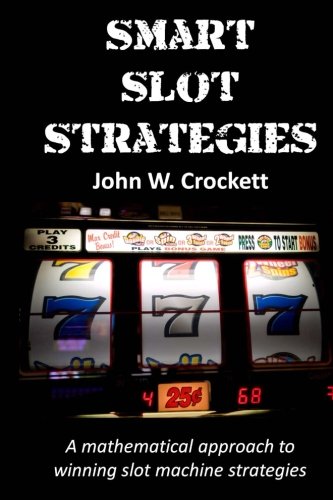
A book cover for Smart Slot Strategies: A mathematical approach to winning slot machine strategies; John W. Crockett; Humor & Entertainment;